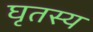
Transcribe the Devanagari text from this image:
घृतस्य